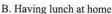
B.Having lunch at home.